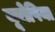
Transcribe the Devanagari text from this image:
यूरोपिया